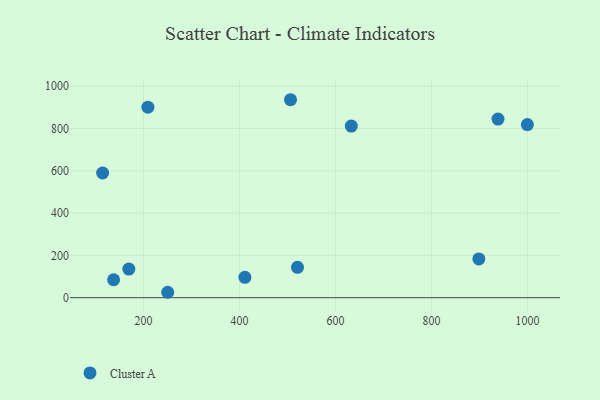
{"axis": {"x": "Study Hours", "y": "Rating"}, "legend": ["Cluster A"], "data": [{"x": "506.6", "y": 936.3, "type": "Cluster A"}, {"x": "169.7", "y": 135.4, "type": "Cluster A"}, {"x": "250.7", "y": 25.6, "type": "Cluster A"}, {"x": "138.0", "y": 84.9, "type": "Cluster A"}, {"x": "411.5", "y": 96.4, "type": "Cluster A"}, {"x": "209.4", "y": 901.2, "type": "Cluster A"}, {"x": "633.2", "y": 811.9, "type": "Cluster A"}, {"x": "521.1", "y": 143.6, "type": "Cluster A"}, {"x": "1000.0", "y": 818.7, "type": "Cluster A"}, {"x": "115.1", "y": 589.7, "type": "Cluster A"}, {"x": "898.9", "y": 183.1, "type": "Cluster A"}, {"x": "938.8", "y": 844.7, "type": "Cluster A"}]}